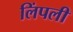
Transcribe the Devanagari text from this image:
लिंपली